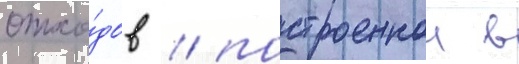
отхо́дов / построеннои в